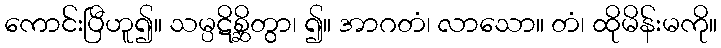
ကောင်းပြီဟူ၍။ သမ္ပဋိစ္ဆိတွာ၊ ၍။ အာဂတံ၊ လာသော။ တံ၊ ထိုမိန်းမကို။